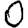
Digit: 0